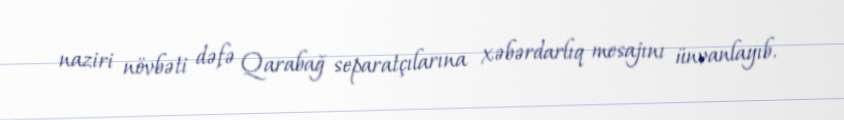
naziri növbəti dəfə Qarabağ separatçılarına xəbərdarlıq mesajını ünvanlayıb.